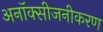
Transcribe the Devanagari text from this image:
अनॉक्सीजनीकरण